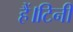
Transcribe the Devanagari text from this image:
हैं।टिनी